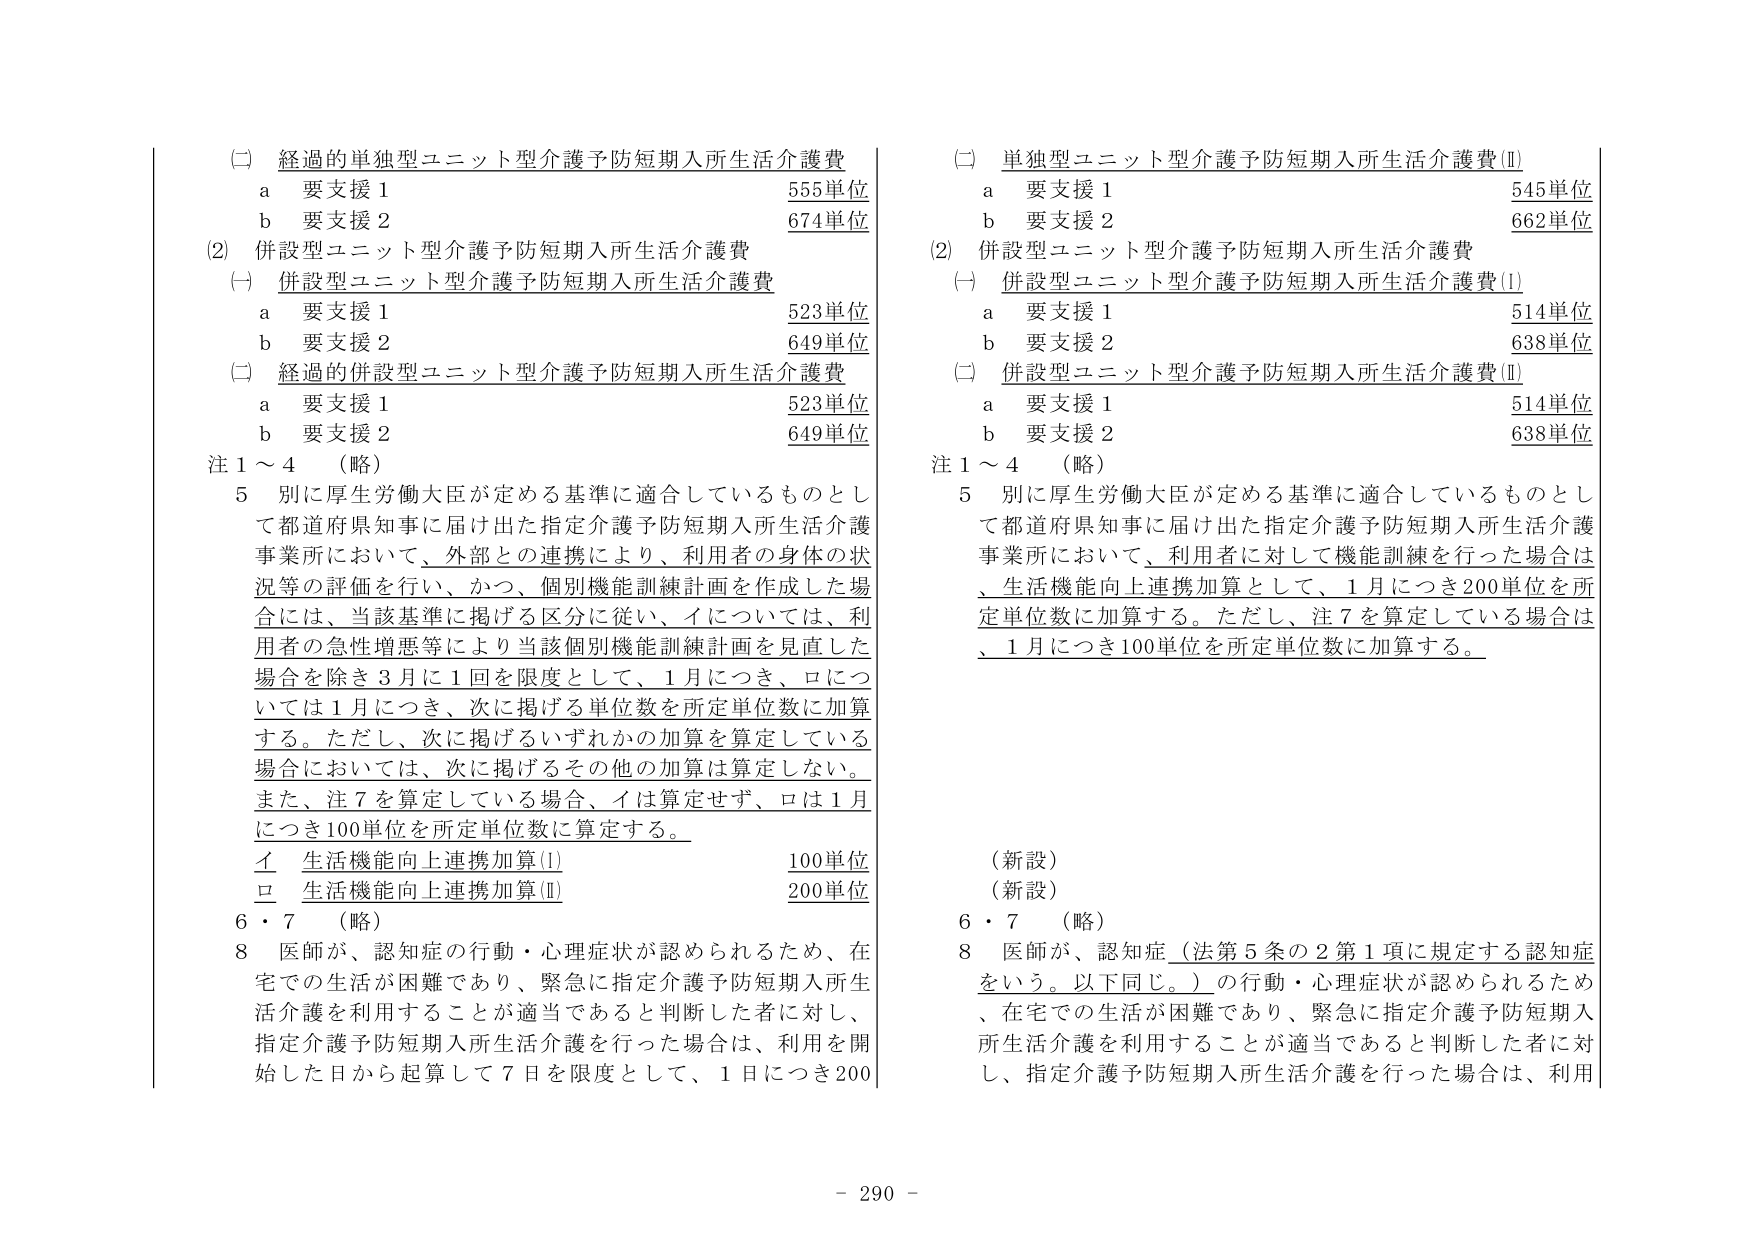
(二) 経過的単独型ユニット型介護予防短期入所生活介護費
　a 要支援１　　　　　　　　　　　　　　　　　　　555単位
　b 要支援２　　　　　　　　　　　　　　　　　　　674単位

(2) 併設型ユニット型介護予防短期入所生活介護費
　(一) 併設型ユニット型介護予防短期入所生活介護費
　　a 要支援１　　　　　　　　　　　　　　　　　　　523単位
　　b 要支援２　　　　　　　　　　　　　　　　　　　649単位
　(二) 経過的併設型ユニット型介護予防短期入所生活介護費
　　a 要支援１　　　　　　　　　　　　　　　　　　　523単位
　　b 要支援２　　　　　　　　　　　　　　　　　　　649単位

注１～４　（略）
５ 別に厚生労働大臣が定める基準に適合しているものとして都道府県知事に届け出た指定介護予防短期入所生活介護事業所において、外部との連携により、利用者の身体の状況等の評価を行い、かつ、個別機能訓練計画を作成した場合には、当該基準に掲げる区分に従い、イについては、利用者の急性増悪等により当該個別機能訓練計画を見直した場合を除き３月に１回を限度として、１月につき、ロについては１月につき、次に掲げる単位数を所定単位数に加算する。ただし、次に掲げるいずれかの加算を算定している場合においては、次に掲げるその他の加算は算定しない。また、注７を算定している場合、イは算定せず、ロは１月につき100単位を所定単位数に算定する。
　イ 生活機能向上連携加算(Ⅰ)　　　　　　　　　　　100単位
　ロ 生活機能向上連携加算(Ⅱ)　　　　　　　　　　　200単位

６・７　（略）
８ 医師が、認知症の行動・心理症状が認められるため、在宅での生活が困難であり、緊急に指定介護予防短期入所生活介護を利用することが適当であると判断した者に対し、指定介護予防短期入所生活介護を行った場合は、利用を開始した日から起算して７日を限度として、１日につき200

(二) 単独型ユニット型介護予防短期入所生活介護費(Ⅱ)
　a 要支援１　　　　　　　　　　　　　　　　　　　545単位
　b 要支援２　　　　　　　　　　　　　　　　　　　662単位

(2) 併設型ユニット型介護予防短期入所生活介護費
　(一) 併設型ユニット型介護予防短期入所生活介護費(Ⅰ)
　　a 要支援１　　　　　　　　　　　　　　　　　　　514単位
　　b 要支援２　　　　　　　　　　　　　　　　　　　638単位
　(二) 併設型ユニット型介護予防短期入所生活介護費(Ⅱ)
　　a 要支援１　　　　　　　　　　　　　　　　　　　514単位
　　b 要支援２　　　　　　　　　　　　　　　　　　　638単位

注１～４　（略）
５ 別に厚生労働大臣が定める基準に適合しているものとして都道府県知事に届け出た指定介護予防短期入所生活介護事業所において、利用者に対して機能訓練を行った場合は、生活機能向上連携加算として、１月につき200単位を所定単位数に加算する。ただし、注７を算定している場合は、１月につき100単位を所定単位数に加算する。

（新設）
（新設）
６・７　（略）
８ 医師が、認知症（法第５条の２第１項に規定する認知症をいう。以下同じ。）の行動・心理症状が認められるため、在宅での生活が困難であり、緊急に指定介護予防短期入所生活介護を利用することが適当であると判断した者に対し、指定介護予防短期入所生活介護を行った場合は、利用

- 290 -